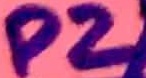
Text: P2